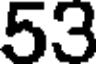
53